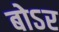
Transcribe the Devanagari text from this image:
बोऽर